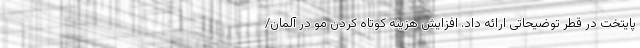
پایتخت در قطر توضیحاتی ارائه داد. افزایش هزینه کوتاه کردن مو در آلمان/